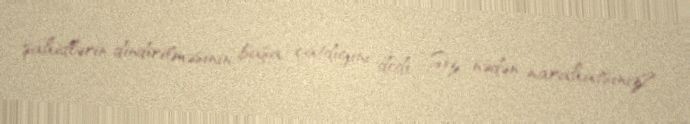
şahidlərin dindirilməsinin başa çatdığını dedi: “Siz nədən narahatsınız?.